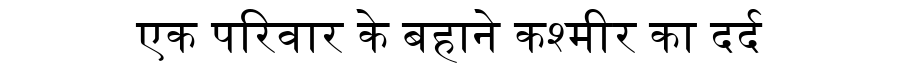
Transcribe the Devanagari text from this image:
एक परिवार के बहाने कश्मीर का दर्द